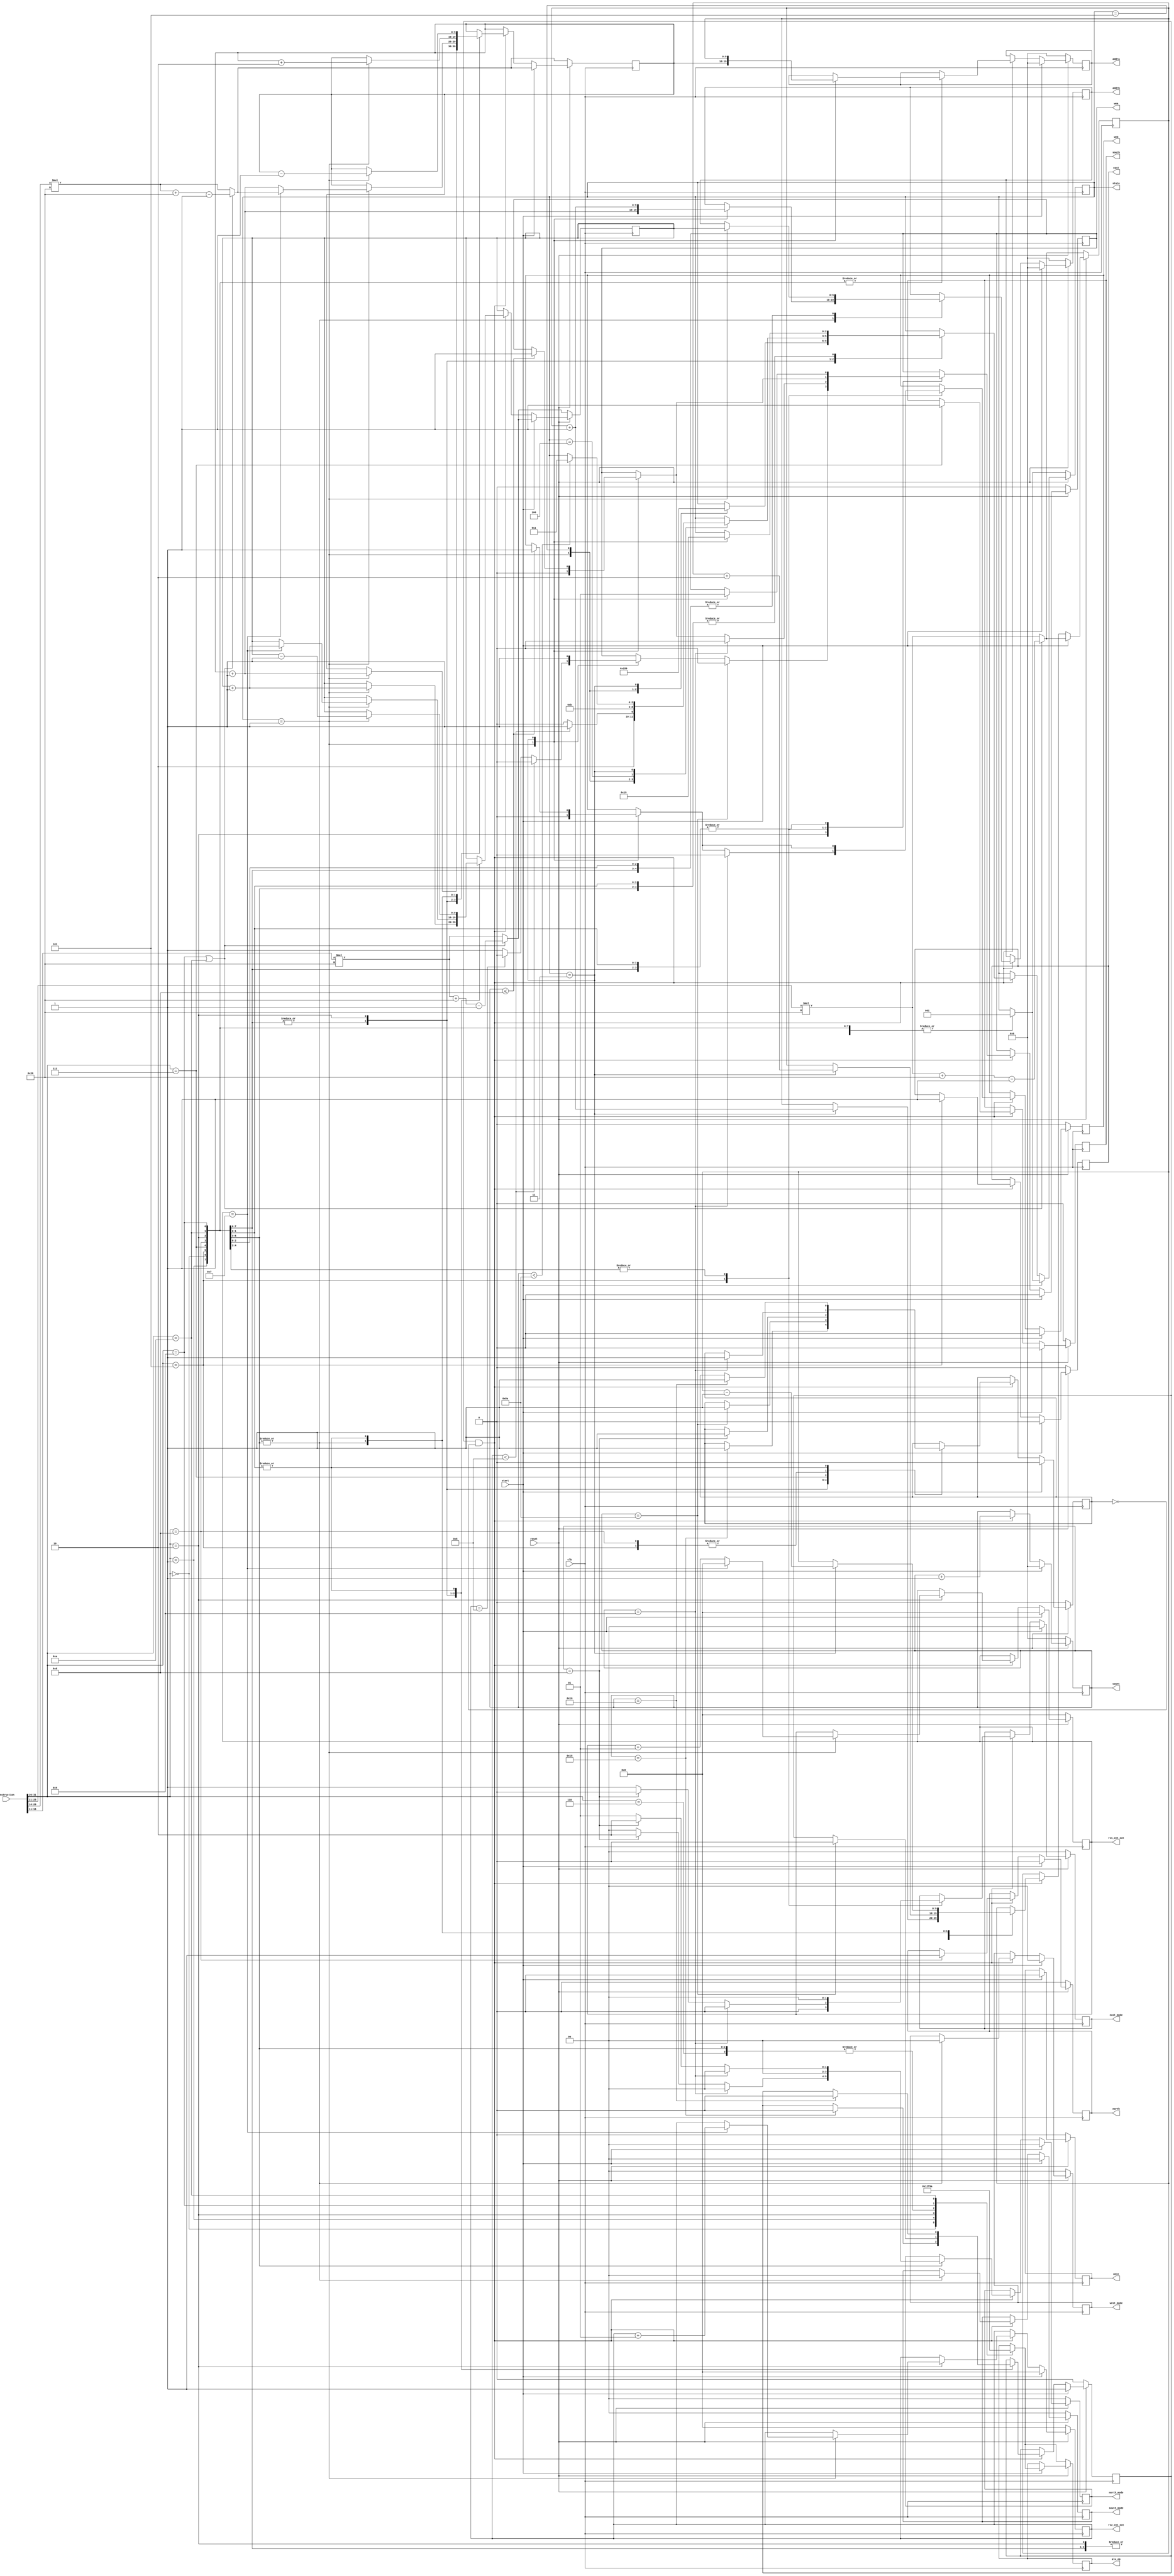
/*
 * Copyright (c) 2022, SPAR-Internal
 * All rights reserved.
 * 
 * Permission is hereby granted, free of charge, to any person obtaining a copy of
 * this software and associated documentation files (the "Software"), to deal in
 * the Software without restriction, including without limitation the rights to
 * use, copy, modify, merge, publish, distribute, sublicense, and/or sell copies
 * of the Software, and to permit persons to whom the Software is furnished to do
 * so, subject to the following conditions:
 * 
 * The above copyright notice and this permission notice shall be included in all
 * copies or substantial portions of the Software.
 * 
 * THE SOFTWARE IS PROVIDED "AS IS", WITHOUT WARRANTY OF ANY KIND, EXPRESS OR
 * IMPLIED, INCLUDING BUT NOT LIMITED TO THE WARRANTIES OF MERCHANTABILITY,
 * FITNESS FOR A PARTICULAR PURPOSE AND NONINFRINGEMENT. IN NO EVENT SHALL THE
 * AUTHORS OR COPYRIGHT HOLDERS BE LIABLE FOR ANY CLAIM, DAMAGES OR OTHER
 * LIABILITY, WHETHER IN AN ACTION OF CONTRACT, TORT OR OTHERWISE, ARISING FROM,
 * OUT OF OR IN CONNECTION WITH THE SOFTWARE OR THE USE OR OTHER DEALINGS IN THE
 * SOFTWARE.
 *
 */


`timescale 1ns / 1ps
//////////////////////////////////////////////////////////////////////////////////
// Company: 
// Engineer: 
// 
// Design Name: 
// Module Name: BS_Controller
// Project Name: 
// Target Devices: 
// Tool Versions: 
// Description: 
// 
// Dependencies: 
// 
// Revision:
// Revision 0.01 - File Created
// Additional Comments:
// 
//////////////////////////////////////////////////////////////////////////////////


module BS_Controller #(parameter LENGTH = 32, parameter Slice_Size = 4)
	(
		input clk, 
		input reset,
		input start,
		// input[5:0] LENGTH,
		input[31:0] instruction,
		
		//alu control
        output reg[3:0] alu_op,

		//bram control
        output reg wea,
		output reg web,
		output reg[9:0] addra, 
		output reg[9:0] addrb,

		//move control
		output reg east, 
		output reg west, 
		output reg south, 
		output reg north,
		output reg[1:0] east_mode,
		output reg[1:0] west_mode,
		output reg[1:0] south_mode,
		output reg[1:0] north_mode,

		//other helper signals
		output reg[9:0] count, //debug: was [6:0]
		// output reg bram_init_flag,
		// output reg[15:0] bram_init_d,
		// output reg finish_flag,
		output reg[2:0] state, //debug:
		output [31:0] rs1_cnt_out,
		output [31:0] rs2_cnt_out
    );

parameter  Q = 3'b000, OP = 3'b001, SHIFT = 3'b010, WB = 3'b011, DFF_BRAM = 3'b100, DFF_ALU = 3'b101; //debug:


wire[9:0] rs1_base, rs2_base, rd_base, rd_up_base;
wire[5:0] opcode;

reg[31:0] offset;
reg[9:0] rs1_ptr, rs2_ptr, rd_ptr, rd_up_ptr, q_ptr, shift_ptr;
reg[10:0] ram_ptr;
reg[6:0] iter;
reg start_flag;

reg finish_flag;

integer i;
integer rs1_cnt = 0;
integer rs2_cnt = 0;

assign rd_base    = (opcode == 9 || opcode == 10) ? instruction[25:21]*LENGTH+LENGTH-1 : instruction[25:21]*LENGTH;
assign rs1_base   = (opcode == 9 || opcode == 10) ? instruction[20:16]*LENGTH+LENGTH-1 : instruction[20:16]*LENGTH;
assign rs2_base   = (opcode == 9 || opcode == 10) ? instruction[15:11]*LENGTH+LENGTH-1 : instruction[15:11]*LENGTH;
assign rd_up_base = instruction[25:21]*LENGTH+LENGTH;

assign opcode = instruction[31:26];

assign rs1_cnt_out = rs1_cnt;
assign rs2_cnt_out = rs2_cnt;

always @ (posedge clk)
begin
	
	if (reset == 0) begin

		//bram control
		wea			<=	0;
		web			<=	0;
		addra		<=	0;
		addrb		<=	0;
		//bram intialization signals
		// bram_init_d	<=	0;
		// bram_init_flag	<=	1;
		//move control
		east		<=	0;
		west		<=	0;
		south		<=	0;
		north		<=	0;
		east_mode	<=	0;
		west_mode	<= 	0;
		south_mode	<=	0;
		north_mode	<=	0;
		//pointer initial values
		rs1_ptr 	<= rs1_base;
		rs2_ptr 	<= rs2_base;
		rd_ptr 		<= rd_base;
		rd_up_ptr 	<= rd_base;
		q_ptr		<= rs2_base;
		shift_ptr	<= rd_base;
		ram_ptr		<=	'h400;
		rs1_cnt 	<=  0; //debug:
		rs2_cnt 	<=  0;
		//other helper signals
		count		<=	0;
		iter		<=	0;
		offset		<= 	0;
		//start and finish flags
		start_flag	<= 	0;
		finish_flag	<=	0;

		case(opcode)
			0:	begin
				//alu control
				alu_op		<=	0;
				//initial state
				state		<=	OP;
				end
			1:	begin
				//alu control
				alu_op		<=	1;
				//initial state
				state		<=	OP;
				end
			2:	begin
				//alu control
				alu_op		<=	2;
				//initial state
				state		<=	OP;	//was Q	
				end
			5,6,7,8: 	begin
				//alu control
				alu_op		<=	'hf;
				//initial state
				state		<=	OP;
				end
			9:	begin
				//alu control
				alu_op		<=	9;
				//initial state
				state		<=	OP;
				end
			10:	begin
				//alu control
				alu_op		<=	10;
				//initial state
				state		<=	OP;
				end
		endcase	
		
	end

	else if(start) begin
		//bram control
		wea			<=	0;
		web			<=	0;
		addra		<=	0;
		addrb		<=	0;
		//bram initialization
		// bram_init_d	<=	0;
		// bram_init_flag	<=	0;
		//move control
		east		<=	0;
		west		<=	0;
		south		<=	0;
		north		<=	0;
		east_mode	<=	0;
		west_mode	<=	0;
		south_mode	<=	0;
		north_mode	<=	0;

		//pointer initial values
		rs1_ptr 	<= rs1_base;
		rs2_ptr 	<= rs2_base;
		rd_ptr 		<= rd_base;
		rd_up_ptr 	<= rd_base;
		q_ptr		<= rs2_base;
		shift_ptr	<= rd_base;
		ram_ptr		<=	0;
		rs1_cnt 	<=  0; //debug:
		rs2_cnt 	<=  0;
		//other helper signals
		count		<=	0;
		iter		<=	0;
		offset		<= 	0;
		//start finish flags
		start_flag	<= 	1;
		finish_flag	<=	0;

		case(opcode)
			0:	begin
				//alu control
				alu_op		<=	0;
				//initial state
				state		<=	OP;
				end
			1:	begin
				//alu control
				alu_op		<=	1;
				//initial state
				state		<=	OP;
				end
			2:	begin
				//alu control
				alu_op		<=	2;
				//initial state
				state		<=	OP;	//was Q
				end
			5,6,7,8: 	begin		//update
				//alu control
				alu_op		<=	'hf;
				//initial state
				state		<=	OP;
				end			
			9:	begin
				//alu control
				alu_op		<=	9;
				//initial state
				state		<=	OP;
				end
			10:	begin
				//alu control
				alu_op		<=	10;
				//initial state
				state		<=	OP;
				end
		endcase	
	end
	
	else if(start_flag&&!finish_flag) begin
		count <= count + 1;
		case(opcode)
		0,1:    begin
				case(state)
				OP: begin
					//update source pointers
					rs1_ptr		<= rs1_ptr + 1;
					rs2_ptr 	<= rs2_ptr + 1;
					//set bram addresses and write enable
					addra 		<= rs1_ptr;
					addrb 		<= rs2_ptr;
					wea 		<= 0;			
					//next state
					state 		<= DFF_ALU;
				end
				/*DFF_BRAM: begin //debug:
					//next state
					state 		<= DFF_ALU;
				end*/
				DFF_ALU: begin
					//next state
					state 		<= WB;
				end
				WB: begin
					//update destination pointer
					rd_ptr 		<= rd_ptr + 1;
					//set bram addresses and write enable
					addra 		<= rd_ptr;
					wea 		<= 1;
					//next state
					state 		<= OP;
				end
				endcase
				//break when done
				if(count==3*(LENGTH/Slice_Size)) begin //debug: was 2*(LENGTH/Slice_Size)
					start_flag	<= 0;
					finish_flag <= 1;
				end
			end
		2:		begin
				case(state)
				OP: begin
					//update source pointers
					if(rs1_cnt == (LENGTH/Slice_Size) - 1) //was: count % ((LENGTH/Slice_Size)-1) == 0
					begin
						rs1_ptr		<= rs1_base;
						rs2_ptr 	<= rs2_ptr + 1;
						rs1_cnt <= 0;
						rs2_cnt		<= rs2_cnt + 1;
					end
					else
					begin
						rs1_ptr		<= rs1_ptr + 1;
						rs2_ptr 	<= rs2_ptr;
						rs1_cnt		<= rs1_cnt + 1;
					end
					//set bram addresses and write enable
					addra 		<= rs1_ptr;
					addrb 		<= rs2_ptr;
					wea 		<= 0;
					//next state
					if(rs2_cnt < (LENGTH/Slice_Size)) //was: count % (LENGTH/Slice_Size) == 0
					begin
						state 		<= DFF_ALU;
					end
					else if (rs2_cnt == (LENGTH/Slice_Size))
					begin
						state 		<= DFF_BRAM;
					end
					else
					begin
						wea 		<= 1;
						state 		<= DFF_BRAM;
					end					
				end
				DFF_ALU: begin
					//next state
					state 		<= OP;
				end
				DFF_BRAM: begin
					//next state
					state 		<= WB;
				end
				WB: begin
					//update destination pointer
					rd_ptr 		<= rd_ptr + 1;
					//set bram addresses and write enable
					addra 		<= rd_ptr;
					wea 		<= 1;
					//next state
					if(count <((2*(LENGTH/Slice_Size)*(LENGTH/Slice_Size))+(LENGTH/Slice_Size)+2)) //debug: didnot have +1 for BS4
					begin
						state 		<= WB;
					end
				end
				endcase
				//break when done
				if(count ==((2*(LENGTH/Slice_Size)*(LENGTH/Slice_Size))+(LENGTH/Slice_Size)+2)) begin //debug: changed to +2
					wea 		<= 0; //debug: added
					start_flag	<= 0;
					finish_flag <= 1;
				end
				
			end
		/*2:	begin
				
				if(iter<=LENGTH) begin
				case(state)
				Q: begin
					//update pointers
					rs1_ptr 	<= rs1_base;
					rs2_ptr 	<= rs2_base;
					q_ptr 		<= q_ptr + 1;
					//set bram addresses and write enable
					addrb 		<= q_ptr;
					wea 		<= 0;
					//update other signals
					iter 		<= iter + 1;
					offset		<= offset + 1;
					//next state
					state 		<= OP;
					if(iter<LENGTH/2) begin				
					rd_ptr		<= rd_ptr + offset;
					rd_up_ptr	<= rd_up_ptr + offset;
					end
					else if(iter==LENGTH/2) begin
					rd_ptr		<= rd_ptr + offset-LENGTH/2;
					rd_up_ptr	<= rd_up_ptr + offset;
					end
					else if(iter>LENGTH/2) begin
					rd_ptr		<= rd_ptr + offset - LENGTH/2;
					rd_up_ptr	<= rd_up_ptr + offset - LENGTH/2;
					end
				end
				OP: begin
					
					//update pointers
					rd_up_ptr	<= rd_up_ptr + 1;
					rd_ptr 		<= rd_ptr + 1;
					rs1_ptr		<= rs1_ptr + 1;
					
					///////////////setting bram addresses//////////
					//let source point to 0 for the first iteration to overwrite old values in the register
					if(iter==1 && count<(2*LENGTH)+1) begin //debug: was (2*LENGTH)+1
						addra <= 0;
						addrb <= rs1_ptr;
					end
					//set addresses to extend the last bit using addition or subtraction with 0
					else if(count==(2*LENGTH)+1) begin //debug: was (2*LENGTH)+1
						addra 	<= rd_ptr - 1;
						addrb 	<= 0;
					end
					//if iteration is not 1
					else begin
						addra  	<= rd_up_ptr;
						addrb 	<= rs1_ptr;
					end
					wea 	<= 0;
					//next state
					state 		<= WB;			
				end*/
				/*DFF_BRAM: begin //debug:
					//next state
					state 		<= DFF_ALU;
				end
				DFF_ALU: begin //debug:
					//next state
					state 		<= WB;
				end*/
				/*WB: begin
				
					if(count<(2*LENGTH)+2) begin //debug: was (2*LENGTH)+2
						addra 		<= rd_ptr-1;
						wea 		<= 1;

						state 		<= OP;
					end 
					//shift only before last iteration
					else if(iter<LENGTH+1) begin
						rd_ptr		<= rd_base;
						rd_up_ptr	<= rd_base;

						addra		<= rd_ptr-1;
						addrb		<= 0;
						wea			<= 1;

						count 		<= 0;

						state 		<= SHIFT;
						
					end
					//no shift last iteration 
					else begin
						wea 		<= 0;

						state 		<= Q;
					end
					
				
				end
				SHIFT: begin

					
					rd_ptr		<= rd_base;
					rd_up_ptr	<= rd_base;
					
					addra		<= 0;
					addrb 		<= 0;
					wea			<= 0;
					
					count 		<= 0;
					
					state 		<= Q;
				end
				endcase
				end
				else finish_flag <= 1;
				
			end*/
		5: 	begin //east 
				east	<= 1;
				east_mode	<=	1; 
				west_mode	<=	0;
				south_mode	<=	0;
				north_mode	<=	0;

				case(state)
				OP: begin
					rs1_ptr		<= rs1_ptr + 2;

					addra 		<= rs1_ptr;
					addrb 		<= rs1_ptr+1;
					wea 		<= 0;
					web			<= 0;

					state 		<= WB;
				end
				/*DFF_BRAM: begin //debug:
					//next state
					state 		<= WB;
				end*/
				WB: begin
					rd_ptr		<= rd_ptr + 2;

					addra		<= rd_ptr;
					addrb		<= rd_ptr+1;
					if(count<=(LENGTH/Slice_Size)) begin //debug: was count<=LENGTH
						wea 		<= 1;
						web			<= 1;
					end

					state 		<= OP;
				end
				endcase
				if(count==(LENGTH/Slice_Size)) begin		//debug: was count==LENGTH
					east_mode	<=	0; 
					north_mode	<=	2;	//latch data from east buffer
				end
				if(count==(LENGTH/Slice_Size)+1) begin	//debug: was count==LENGTH+1
					finish_flag <=  1;
					east_mode	<=	0; 
					north_mode	<=	0;
					wea 		<= 0; //debug: added
					web			<= 0; //debug: added
				end
			end
	
		7: 	begin //south 				//update
				south	<= 1;
				east_mode	<=	0; 
				west_mode	<=	0;
				south_mode	<=	0;
				north_mode	<=	0;
				
				case(state)
				OP: begin
					rs1_ptr		<= rs1_ptr + 2;

					addra 		<= rs1_ptr;
					addrb 		<= rs1_ptr+1;
					wea 		<= 0;
					web			<= 0;

					state 		<= WB;
				end
				/*DFF_BRAM: begin //debug:
					//next state
					state 		<= WB;
				end*/
				WB: begin
					rd_ptr		<= rd_ptr + 2;

					addra		<= rd_ptr;
					addrb		<= rd_ptr+1;
					if(count<=(LENGTH/Slice_Size)) begin
						wea 		<= 1;
						web			<= 1;
					end

					state 		<= OP;
				end
				endcase
				if(count==(LENGTH/Slice_Size)) begin
					finish_flag <=  1;
				end
			end
		8: 	begin //north				//update
				north	<= 1;
				east_mode	<=	0; 
				west_mode	<=	0;
				south_mode	<=	0;
				north_mode	<=	1;

				case(state)
				OP: begin
					rs1_ptr		<= rs1_ptr + 2;

					addra 		<= rs1_ptr;
					addrb 		<= rs1_ptr+1;
					wea 		<= 0;
					web			<= 0;

					state 		<= WB;
				end
				/*DFF_BRAM: begin //debug:
					//next state
					state 		<= WB;
				end*/
				WB: begin
					rd_ptr		<= rd_ptr + 2;

					addra		<= rd_ptr;
					addrb		<= rd_ptr+1;
					if(count<=(LENGTH/Slice_Size)) begin
						wea 		<= 1;
						web			<= 1;
					end

					state 		<= OP;
				end
				endcase
				if(count==(LENGTH/Slice_Size)) begin
					north_mode	<=	2;	//latch data from east buffer
				end
				if(count==(LENGTH/Slice_Size)+1) begin
					north_mode	<=	0;
					finish_flag <=  1;
				end
			end
		9:
			begin
				case(state)
				OP: begin
					//update source pointers
					rs1_ptr		<= rs1_ptr - 1;
					rs2_ptr 	<= rs2_ptr - 1;
					//set bram addresses and write enable
					addra 		<= rs1_ptr;
					addrb 		<= rs2_ptr;
					wea 		<= 0;
					//next state
					state 		<= WB;
				end
				/*DFF_BRAM: begin //debug:
					//next state
					state 		<= DFF_ALU;
				end
				DFF_ALU: begin
					//next state
					state 		<= WB;
				end*/
				WB: begin
					//update destination pointer
					rd_ptr 		<= rd_ptr - 1;
					//set bram addresses and write enable
					addra 		<= rd_ptr;
					wea 		<= 1;
					//next state
					state 		<= OP;
				end
				endcase
				//break when done
				if(count==2*(LENGTH/Slice_Size)) begin //debug: was 2*LENGTH
					start_flag	<= 0;
					finish_flag <= 1;
				end
			end		
		10:
			begin
				case(state)
				OP: begin
					//update source pointers
					rs1_ptr		<= rs1_ptr - 1;
					rs2_ptr 	<= rs2_ptr - 1;
					//set bram addresses and write enable
					addra 		<= rs1_ptr;
					addrb 		<= rs2_ptr;
					wea 		<= 0;
					//next state
					state 		<= WB;
				end
				/*DFF_BRAM: begin //debug:
					//next state
					state 		<= DFF_ALU;
				end
				DFF_ALU: begin
					//next state
					state 		<= WB;
				end*/
				WB: begin
					//update destination pointer
					rd_ptr 		<= rd_ptr - 1;
					//set bram addresses and write enable
					addra 		<= rd_ptr;
					wea 		<= 1;
					//next state
					state 		<= OP;
				end
				endcase
				//break when done
				if(count==2*(LENGTH/Slice_Size)) begin //debug: was 2*LENGTH
					start_flag	<= 0;
					finish_flag <= 1;
				end
			end
		endcase
		end
end
endmodule